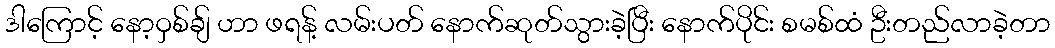
ဒါကြောင့် နော့ဝှစ်ချ် ဟာ ဖရန့် လမ်းပတ် နောက်ဆုတ်သွားခဲ့ပြီး နောက်ပိုင်း စမစ်ထံ ဦးတည်လာခဲ့တာ